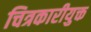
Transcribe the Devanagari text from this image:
चित्रकारीयुक्त